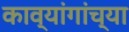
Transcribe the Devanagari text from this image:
काव्यांगांच्या